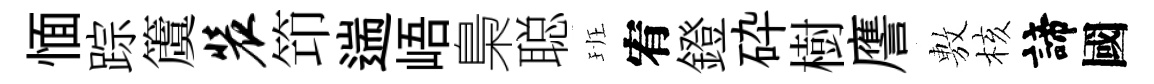
愐踪𥵂装笻遄峿梟聪班宥鐙砕樹譍𢾾核諦國